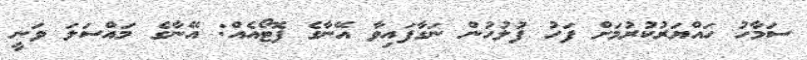
ސަމާހު ހައްޔަރުކުރުމަށް ފަހު ފުލުހުން ނަގާފައިވާ އޭނާގެ ފޮޓޯއެއް: އޭނާގެ މައްސަލަ ވަނީ